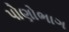
પોણોભાગ